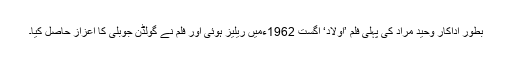
بطور اداکار وحید مراد کی پہلی فلم ’اولاد‘ اگست 1962ءمیں ریلیز ہوئی اور فلم نے گولڈن جوبلی کا اعزاز حاصل کیا۔